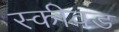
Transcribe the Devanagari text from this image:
स्कीवड